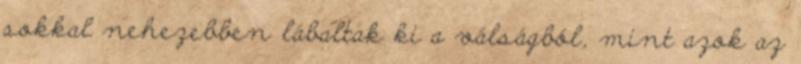
sokkal nehezebben lábaltak ki a válságból, mint azok az